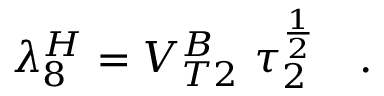
\lambda _ { 8 } ^ { H } = V _ { T 2 } ^ { B } \ \tau _ { 2 } ^ { \frac { 1 } { 2 } } \quad .